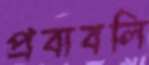
প্রবাবলি